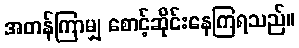
အတန်ကြာမျှ စောင့်ဆိုင်းနေကြရသည်။